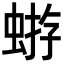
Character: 𧌕